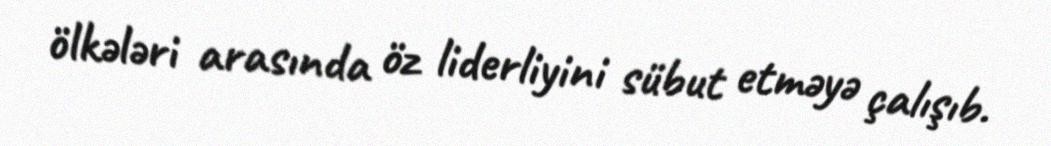
ölkələri arasında öz liderliyini sübut etməyə çalışıb.